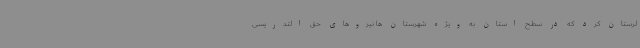
لرستان کرد که در سطح استان به ویژه شهرستان ها نیروهای حق التدریسی